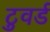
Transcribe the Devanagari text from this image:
टुवर्ड